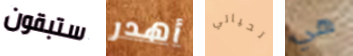
ستبقون أهدر تحياتي هي